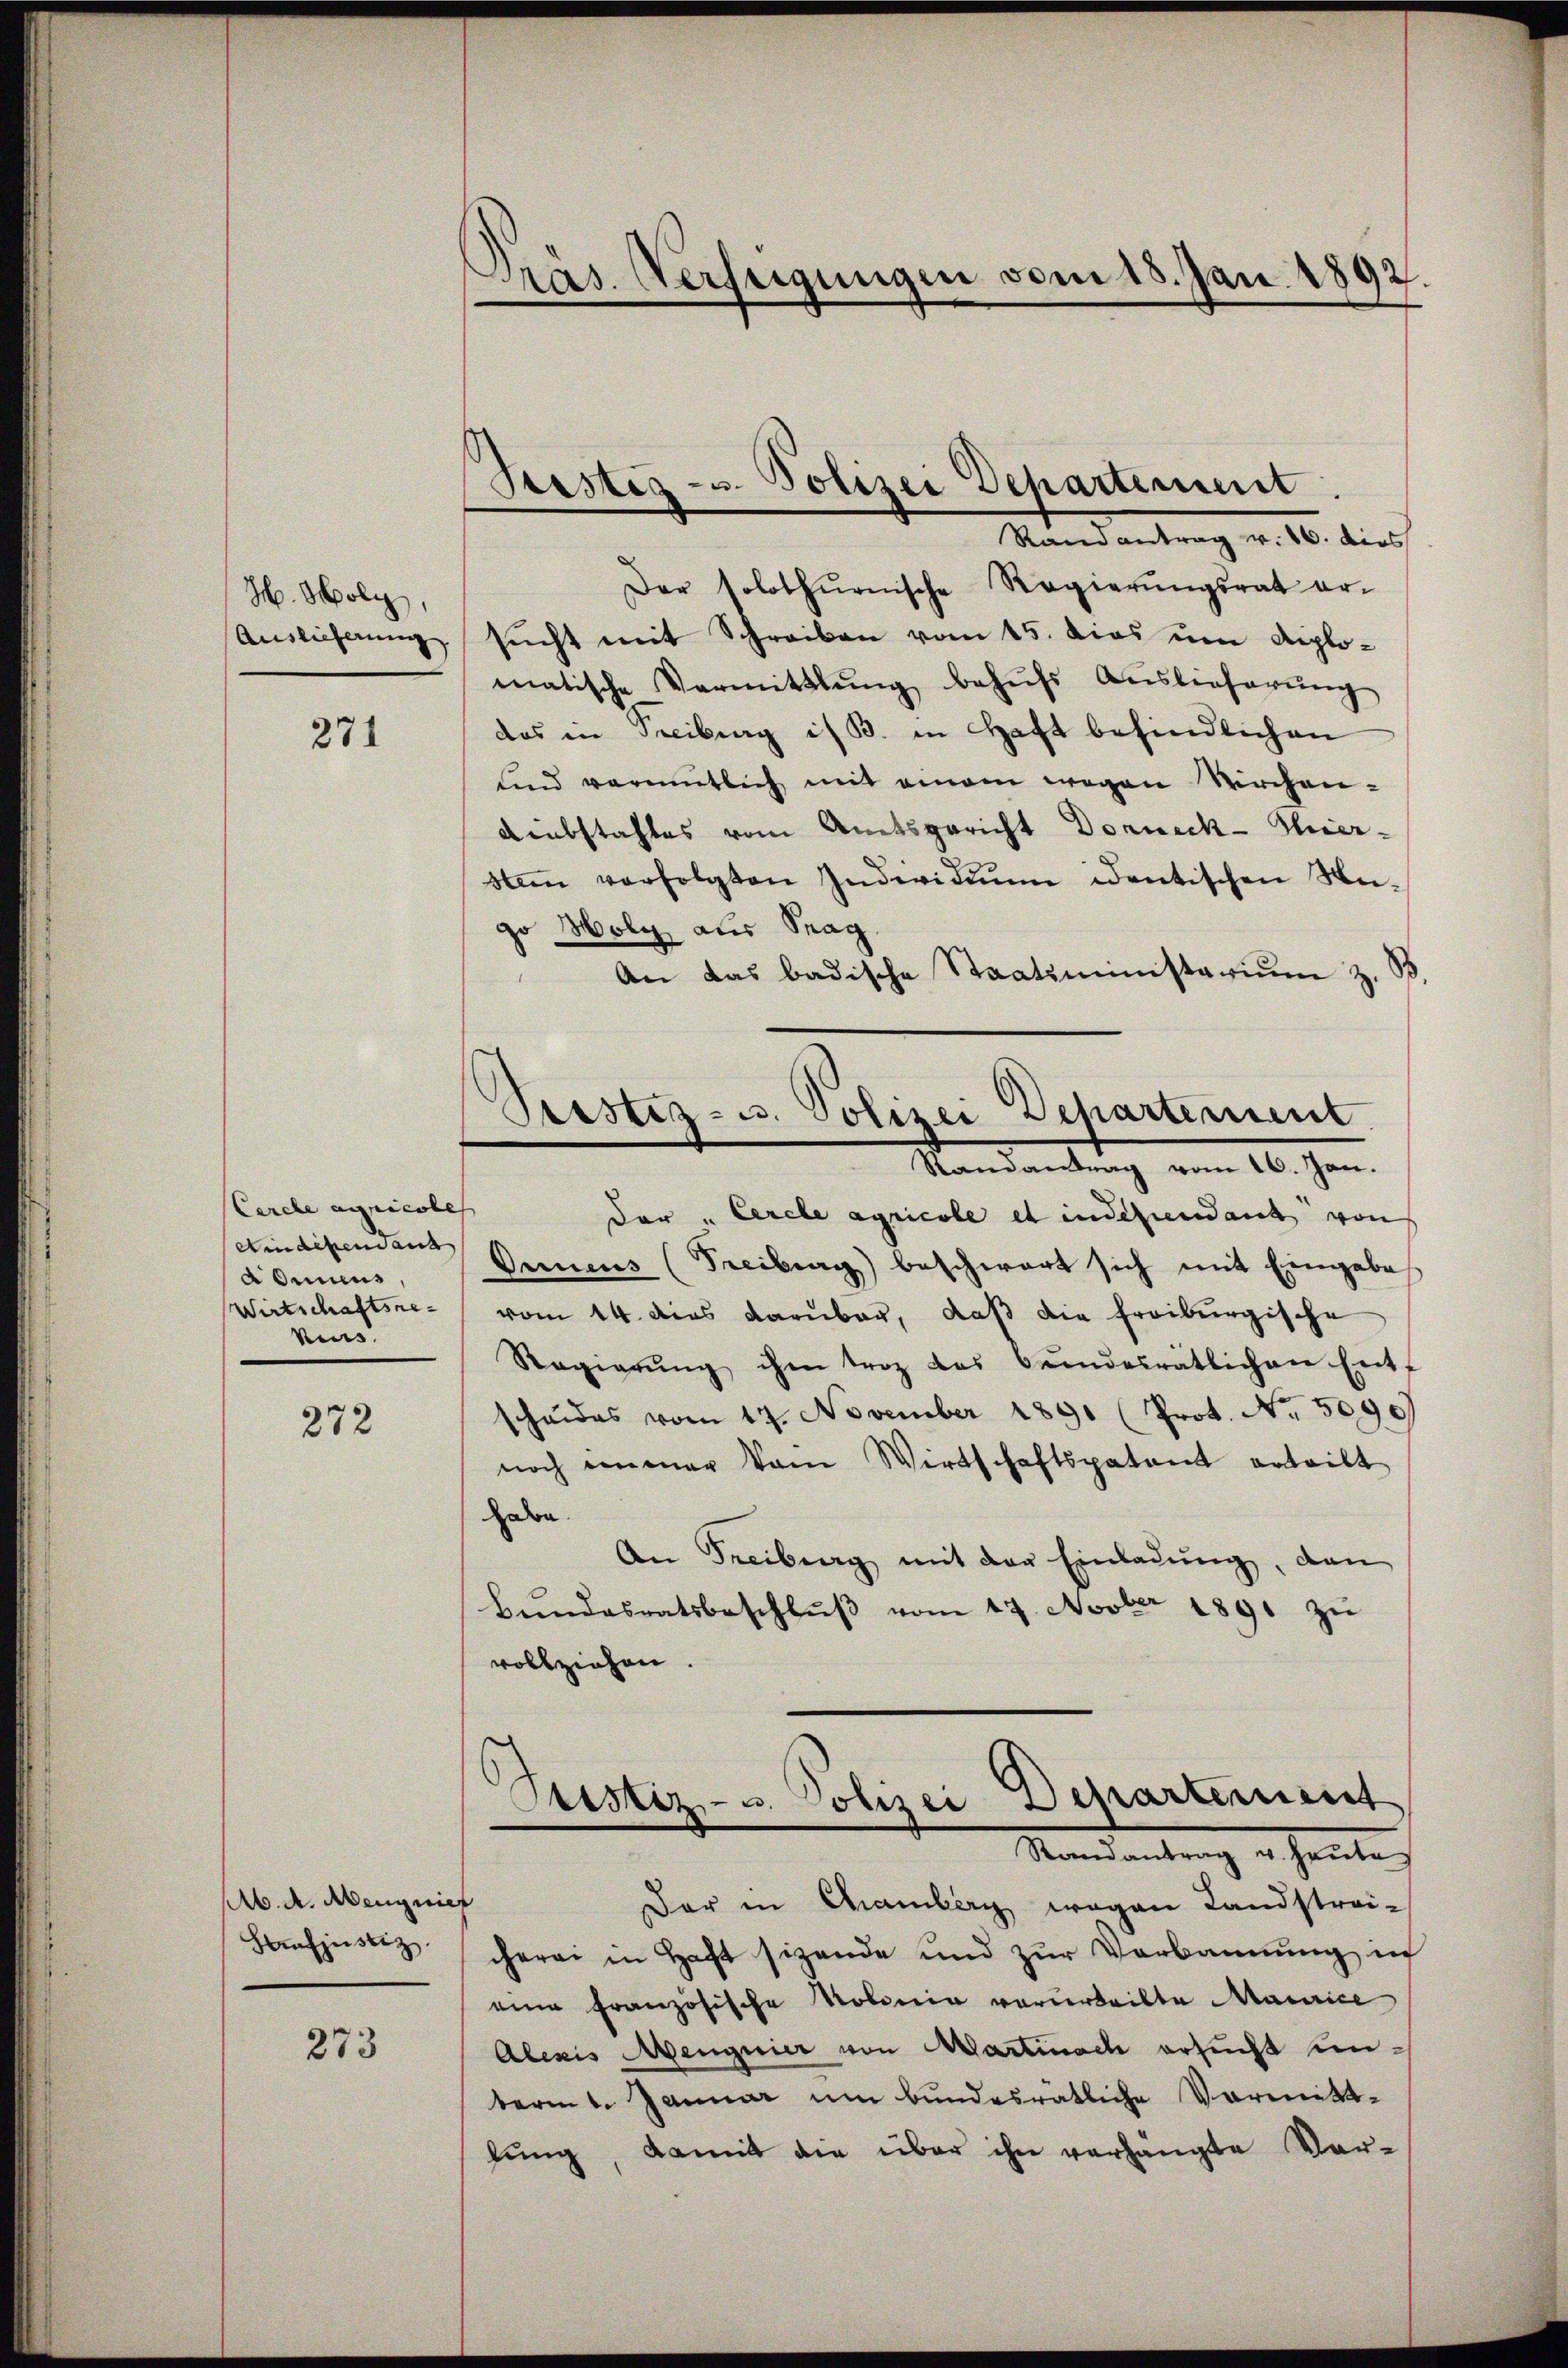
H. Holz,
Auslieferung

271

Cerche agricobes
Aindchend aus
a Omnius,
Wirtschaftsre
kes.

272

b. A. Abengwief
Heufjustiz

273

Präs. Verfeigungen vom 18. Jan. 1892.

Seesteg u. Polizei Departement
Randantrag v. 16. dies

Stestez- u. Polizei Departement
Randantrag vom 16. Jan.

Der solothurnische Regierŭngsrat er-
sucht mit Schreiben vom 15. dies um diplomatische Vermittlung behŭfs Auslieferŭng
das in Freibung is B. in Haft befindlichen
unnd vermutlich mit einem wegen Kirchen-
Liebstahles vom Amtsgericht Dorneck-Thier-
sam verfolgten Individuum identischen Un-
go Moly, aus Trag
An das badische Staatsministerium z. 37
der " Cerele agricole et indeviendant von
Onnens (Freiburg) beschwart sich mit Eingabes
vom 14. dies darüber, daß die freiburgische
Regierŭng ihm troz das Bundesratlichen Entf
scheides vom 17. November 1891 (Prot. No. 5090
noch einmar vom Wirtschaftspatent erteilt
abe
An Freiburg mit der Einladung, den
Beendesratsbeschlŭβ vom 17. Novber 1891 zŭ
vollziehen.
Justiz- u. Polizei Departement
Randantrag u. heute
Dar in Chamberg wegen Landstrei-
cherei in Haft sizende und zur Verbannung in
eine Französische Roberein verurteilte Maurice
Alexis Mengnier von Martinach ersucht unberit. Januar um bundesratliche Vormittlŭng, damit die über ihn verhängte Vor-